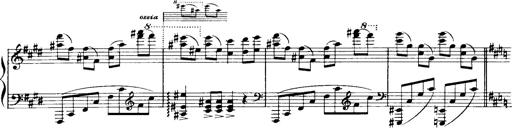
Title: Historische ungarische Bildnisse
Composer: Franz Liszt